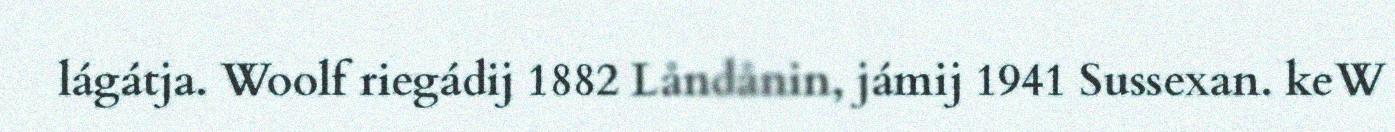
lágátja. Woolf riegádij 1882 Låndånin, jámij 1941 Sussexan. keW